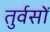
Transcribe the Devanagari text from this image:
तुर्वसों